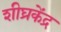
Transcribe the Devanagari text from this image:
शीघ्रकेंद्र